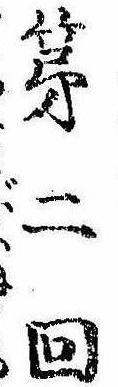
第二回